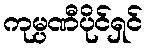
ကုမ္ပဏီပိုင်ရှင်